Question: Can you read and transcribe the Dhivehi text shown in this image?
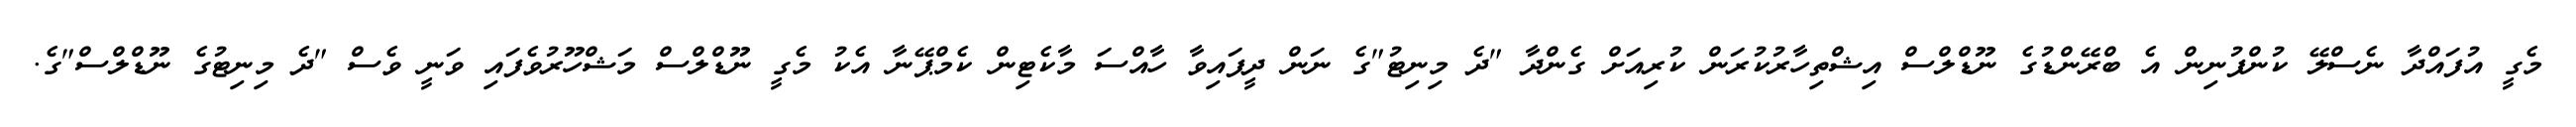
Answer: މެގީ އުފައްދާ ނެސްލޭ ކުންފުނިން އެ ބްރޭންޑުގެ ނޫޑްލްސް އިޝްތިހާރުކުރަން ކުރިއަށް ގެންދާ "ދެ މިނިޓު"ގެ ނަން ދީފައިވާ ހާއްސަ މާކެޓިން ކެމްޕޭނާ އެކު މެގީ ނޫޑްލްސް މަޝްހޫރުވެފައި ވަނީ ވެސް "ދެ މިނިޓުގެ ނޫޑްލްސް"ގެ.